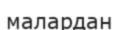
малардан